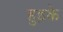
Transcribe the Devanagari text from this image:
हुड़के